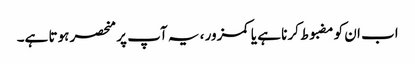
اب ان کو مضبوط کرنا ہے یا کمزور ، یہ آپ پر منحصر ہوتا ہے۔